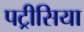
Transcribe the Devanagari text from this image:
पट्रीसिया